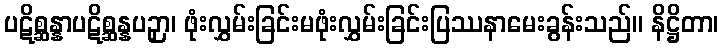
ပဋိစ္ဆန္နာပဋိစ္ဆန္နပဉှာ၊ ဖုံးလွှမ်းခြင်းမဖုံးလွှမ်းခြင်းပြဿနာမေးခွန်းသည်။ နိဋ္ဌိတာ၊